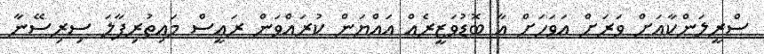
ސްރީލަންކާއަށް ވަރަށް އަވަހަށް އާ ބޮޑުވަޒީރެއް އައްޔަން ކުރައްވަން ރައީސް މައިތުރިޕާލަ ސިރިސޭނާ